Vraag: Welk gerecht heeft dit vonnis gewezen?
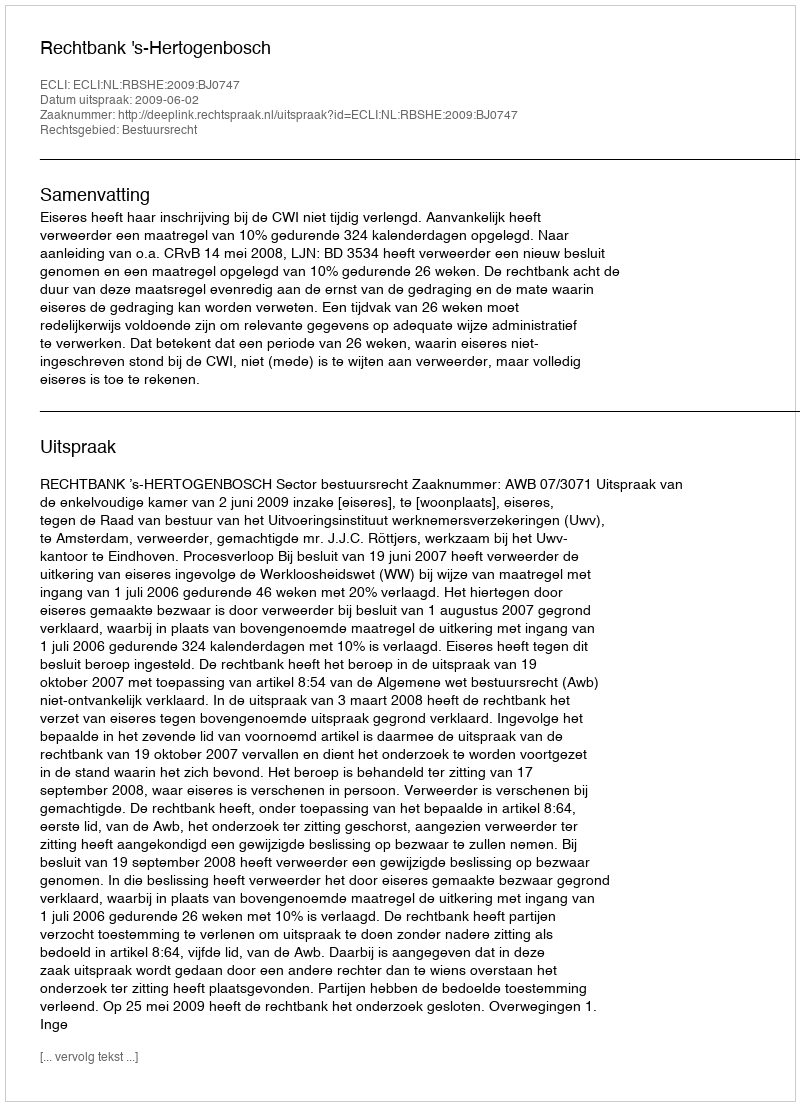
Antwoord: Rechtbank 's-Hertogenbosch